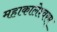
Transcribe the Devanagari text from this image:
महाकालेश्वरम्